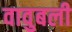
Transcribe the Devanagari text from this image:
वावुबली